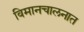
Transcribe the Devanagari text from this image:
विमानचालनात